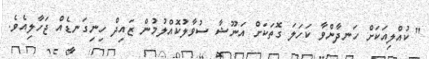
" ކުއްލިއަކަށް ހަނދާންވާ ކަހަލަ ގޮތަކަށް އަނޫޝާ ސުވާލުކޮއްލުމުން ޒައިދް ހިނިގަނޑެއް ޖަހާލިއެވެ.